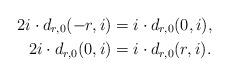
LaTeX: \begin{align*}2i\cdot d_{r,0}(-r,i)&=i\cdot d_{r,0}(0,i),\\2i\cdot d_{r,0}(0,i)&=i\cdot d_{r,0}(r,i).\end{align*}